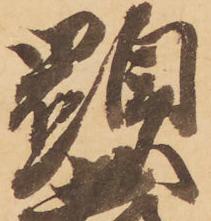
顕